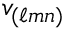
v _ { ( \ell m n ) }